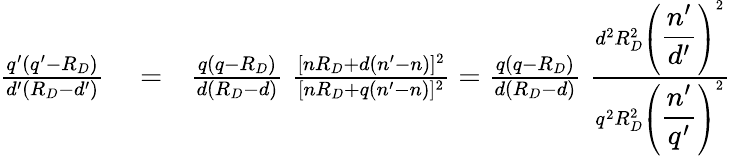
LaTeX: \begin{array}{rlr}{{\frac{q^{\prime}(q^{\prime}-R_{D})}{d^{\prime}(R_{D}-d^{\prime})}}}&{{}=}&{{\frac{q(q-R_{D})}{d(R_{D}-d)}}\; {\frac{[nR_{D}+d(n^{\prime}-n)]^{2}}{[nR_{D}+q(n^{\prime}-n)]^{2}}}={\frac{q(q-R_{D})}{d(R_{D}-d)}}\; {\frac{d^{2}R_{D}^{2}\left(\displaystyle{\frac{n^{\prime}}{d^{\prime}}}\right)^{2}}{q^{2}R_{D}^{2}\left(\displaystyle{\frac{n^{\prime}}{q^{\prime}}}\right)^{2}}}}\end{array}